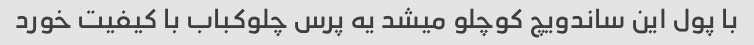
با پول این ساندویچ کوچلو میشد یه پرس چلوکباب با کیفیت خورد